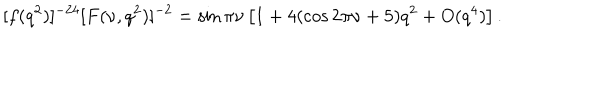
[ f ( q ^ { 2 } ) ] ^ { - 2 4 } [ F ( \nu , q ^ { 2 } ) ] ^ { - 2 } = \sin \pi \nu \left[ 1 + 4 ( \cos 2 \pi \nu + 5 ) q ^ { 2 } + O ( q ^ { 4 } ) \right] .